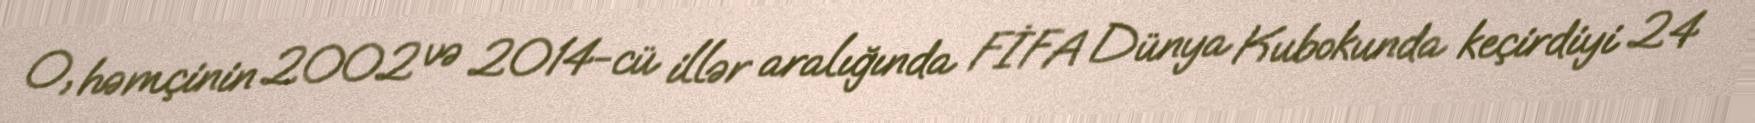
O, həmçinin 2002 və 2014-cü illər aralığında FİFA Dünya Kubokunda keçirdiyi 24